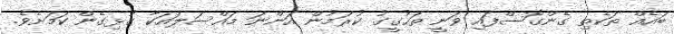
ބައެއް ތަކެތި ގެންގޮސްފައި ވަނީ ތަހުގީގު ކުރަމުން އަންނަ މައްސަލައަކާ ގުޅިގެން ކަމަށެވެ.